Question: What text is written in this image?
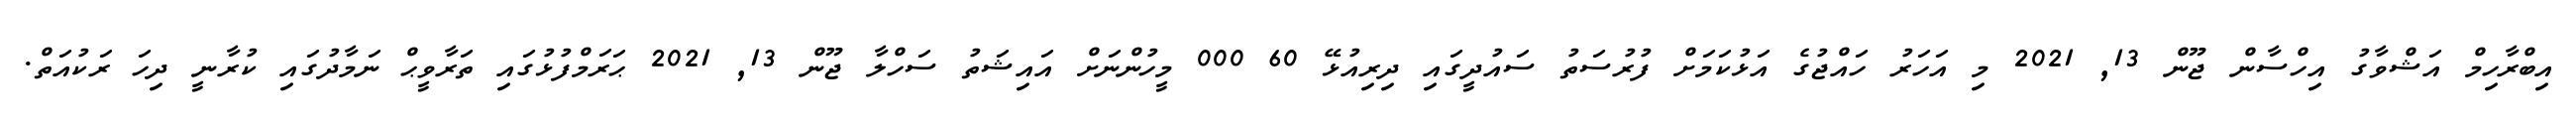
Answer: އިބްރާހިމް އަޝްވާގު އިހްސާން ޖޫން 13, 2021 މި އަހަރު ހައްޖުގެ އަޅުކަމަށް ފުރުސަތު ސައުދީގައި ދިރިއުޅޭ 60 000 މީހުންނަށް އައިޝަތު ސަހްލާ ޖޫން 13, 2021 ޙަރަމްފުޅުގައި ތަރާވީޙް ނަމާދުގައި ކުރާނީ ދިހަ ރަކުއަތް.